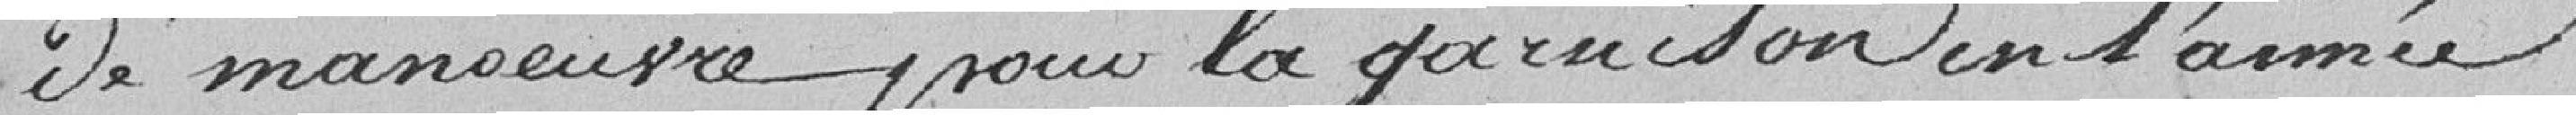
De manoeuvre pour la garnison en l'année